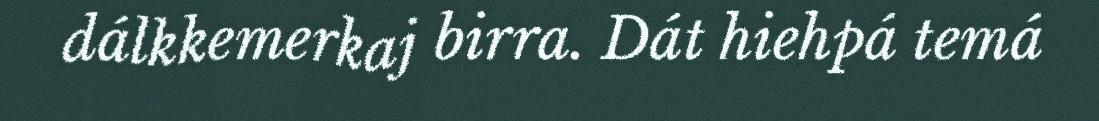
dálkkemerkaj birra. Dát hiehpá temá